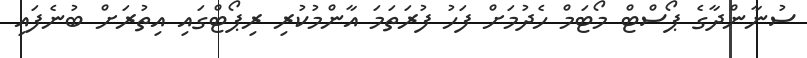
ސުނާންދާގެ ޕޯސްޓް މޯޓަމް ހެދުމަށް ފަހު ފުރަތަމަ އާންމުކުރި ރިޕޯޓްގައި އިތުރަށް ބުނެފައި